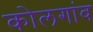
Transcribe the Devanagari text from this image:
कोलगांव